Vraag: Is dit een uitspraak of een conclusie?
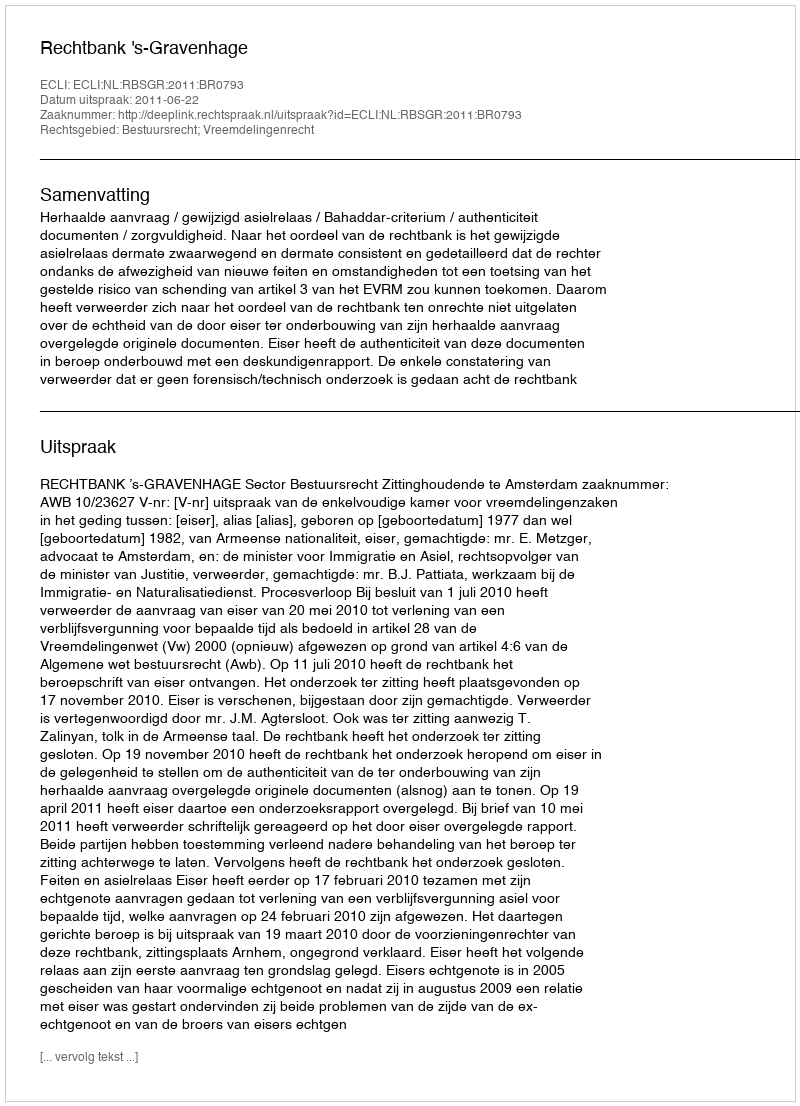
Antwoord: Uitspraak